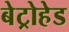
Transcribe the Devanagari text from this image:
बेट्रोहेड